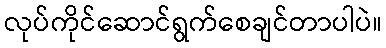
လုပ်ကိုင်ဆောင်ရွက်စေချင်တာပါပဲ။